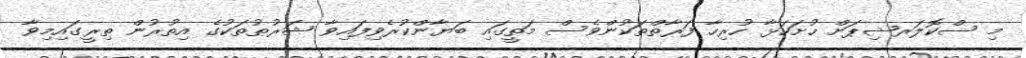
މި ސްކޮލަރޝިޕަށް ހުށަހަޅާ ހުރިހާ ފަރާތްތަކުންވެސް މަތީގައި ބަޔާންކުރެވިފައިވާ ޝަރުޠުތަކުގެ އިތުރުން ތިރީގައިމިވާ